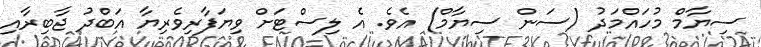
ސިޔާމް މުހައްމަދު (ސަން ސިޔާމް) އެވެ. އެ ލިސްޓަށް ވިޔަފާރިވެރިޔާ އަބްދު ޖާބިރާއި